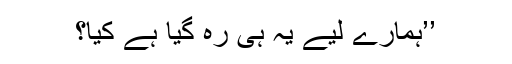
’’ہمارے لیے یہ ہی رہ گیا ہے کیا؟